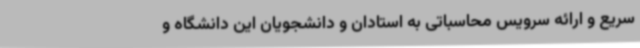
سریع و ارائه سرویس محاسباتی به استادان و دانشجویان این دانشگاه و